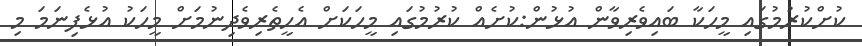
ކުށްކުރުމުގައި މީހަކާ ބައިވެރިވާން އުޅުން:ކުށެއް ކުރުމުގައި މީހަކަށް އެހީތެރިވެދިނުމަށް މީހަކު އުޅެފިނަމަ މި